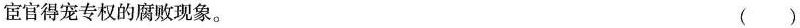
宦官得宠专权的腐败现象。( )